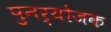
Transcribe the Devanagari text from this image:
पुनर्योजक